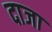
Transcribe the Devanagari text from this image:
दाजा